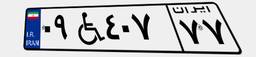
۰۹W۴۰۷۷۷